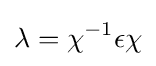
\lambda =\chi ^{-1}\epsilon \chi